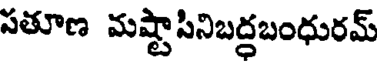
పతూణ మష్టాపినిబద్ధబంధురమ్